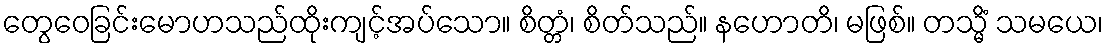
တွေဝေခြင်းမောဟသည်ထိုးကျင့်အပ်သော။ စိတ္တံ၊ စိတ်သည်။ နဟောတိ၊ မဖြစ်။ တသ္မိံ သမယေ၊